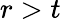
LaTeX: r>t